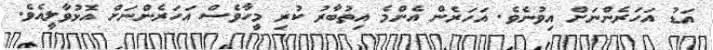
އަޑު އަހަރެންނަށް އިވުނެވެ. އަހަރެން އެންމެެ އިތުބާރު ކުރި މީހާވެސް އަހަރެންނަށް އޮޅުވާލީއެވެ.